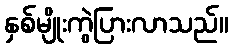
နှစ်မျိုးကွဲပြားလာသည်။